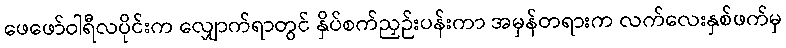
ဖေဖော်ဝါရီလပိုင်းက လျှောက်ရာတွင် နှိပ်စက်ညှဉ်းပန်းကာ အမှန်တရားက လက်လေးနှစ်ဖက်မှ